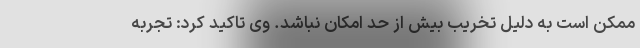
ممکن است به دلیل تخریب بیش از حد امکان نباشد. وی تاکید کرد: تجربه